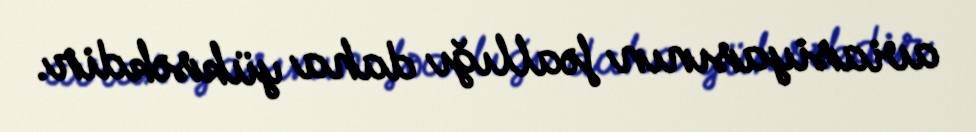
aviasiyasının fəallığı daha yüksəkdir.